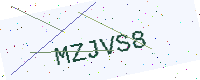
Text: MZJVS8